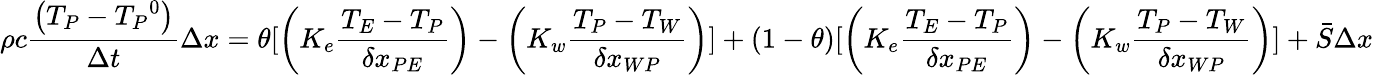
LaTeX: \rho c{\frac{\left(T_{P}-{T_{P}}^{0}\right)}{\Delta t}}\Delta x=\theta[\left(K_{e}{\frac{T_{E}-T_{P}}{\delta x_{PE}}}\right)-\left(K_{w}{\frac{T_{P}-T_{W}}{\delta x_{WP}}}\right)]+(1-\theta)[\left(K_{e}{\frac{T_{E}-T_{P}}{\delta x_{PE}}}\right)-\left(K_{w}{\frac{T_{P}-T_{W}}{\delta x_{WP}}}\right)]+{\bar{S}}\Delta x